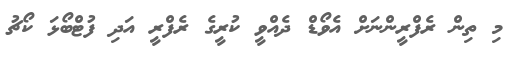
މި ތިން ރެފްރީންނަށް އެވޯޑް ދެއްވީ ކުރީގެ ރެފްރީ އަދި ފުޓްބޯޅަ ކޯޗު